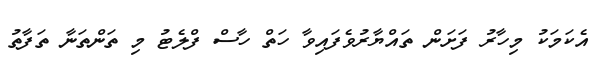
އެކަމަކު މިހާރު ފަށަން ތައްޔާރުވެފައިވާ ހަތް ހާސް ފްލެޓު މި ތަންތަނާ ތަފާތު